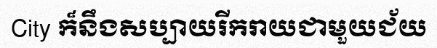
City ក៏នឹងសប្បាយរីករាយជាមួយជ័យ